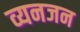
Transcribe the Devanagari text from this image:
व्यनजन